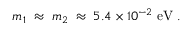
m _ { 1 } \; \approx \; m _ { 2 } \; \approx \; 5 . 4 \times 1 0 ^ { - 2 } ~ \mathrm { e V } \; .